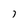
Character: 7